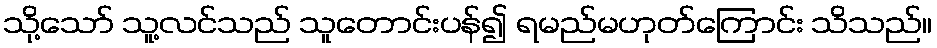
သို့သော် သူ့လင်သည် သူတောင်းပန်၍ ရမည်မဟုတ်ကြောင်း သိသည်။